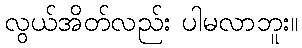
လွယ်အိတ်လည်း ပါမလာဘူး။